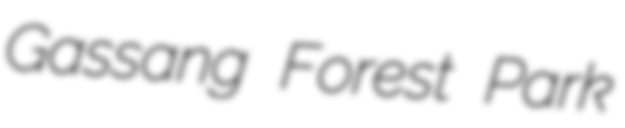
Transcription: Gassang Forest Park